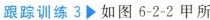
跟踪训练 3▷ 如图6-2-2甲所